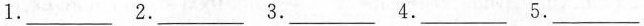
1.___ 2.___ 3.___ 4.___ 5.___